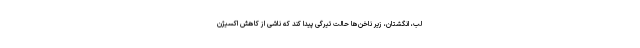
لب، انگشتان، زیر ناخن‌ها حالت تیرگی پیدا کند که ناشی از کاهش اکسیژن